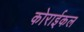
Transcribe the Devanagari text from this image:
कोराईकल